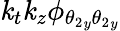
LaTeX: \mathit{k}_{t}\mathit{k}_{z}\phi_{{\theta_{2}}_{y}{\theta_{2}}_{y}}